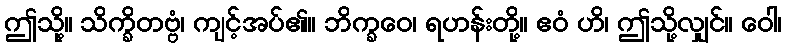
ဤသို့။ သိက္ခိတဗ္ဗံ၊ ကျင့်အပ်၏။ ဘိက္ခဝေ၊ ရဟန်းတို့။ ဧဝံ ဟိ၊ ဤသို့လျှင်။ ဝေါ၊